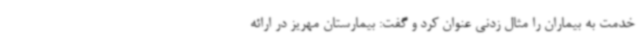
خدمت به بیماران را مثال زدنی عنوان کرد و گفت: بیمارستان مهریز در ارائه